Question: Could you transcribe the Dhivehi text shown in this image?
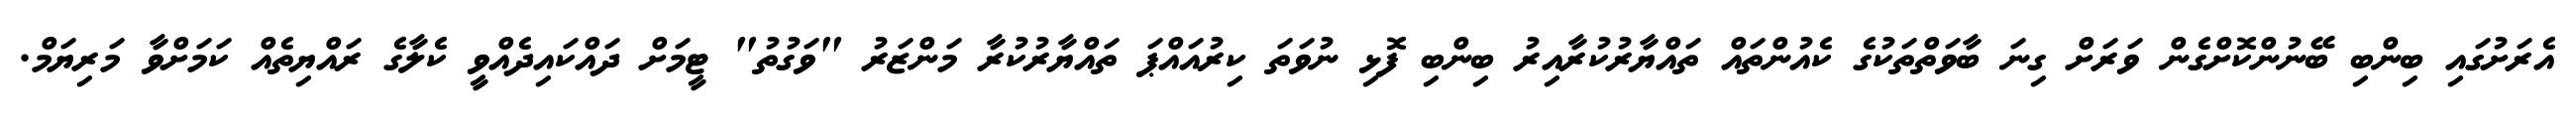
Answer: އެރަށުގައި ބިންބި ބޭނުންކޮށްގެން ވަރަށް ގިނަ ބާވަތްތަކުގެ ކެއުންތައް ތައްޔާރުކުރާއިރު ބިންބި ފޮޅި ނުވަތަ ކިރުއައްޕަ ތައްޔާރުކުރާ މަންޒަރު "ވަގުތު" ޓީމަށް ދައްކައިދެއްވީ ކެލާގެ ރައްޔިތެއް ކަމަށްވާ މަރިޔަމް.